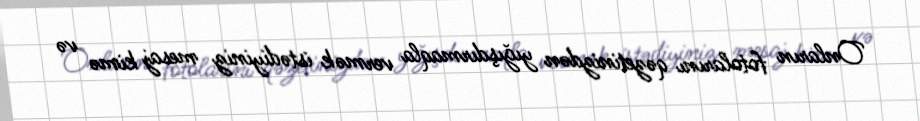
Onların fotolarını qəzetinizdən yığışdırmaqla vermək istədiyiniz mesaj kimə və